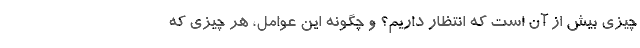
چیزی بیش از آن است که انتظار داریم؟ و چگونه این عوامل، هر چیزی که